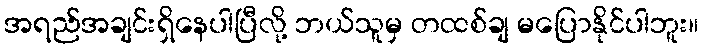
အရည်အချင်းရှိနေပါပြီလို့ ဘယ်သူမှ တထစ်ချ မပြောနိုင်ပါဘူး။